Civil Veterinary Dept. Bombay admin report 1923-31 - 1923-1931
Year: 1923
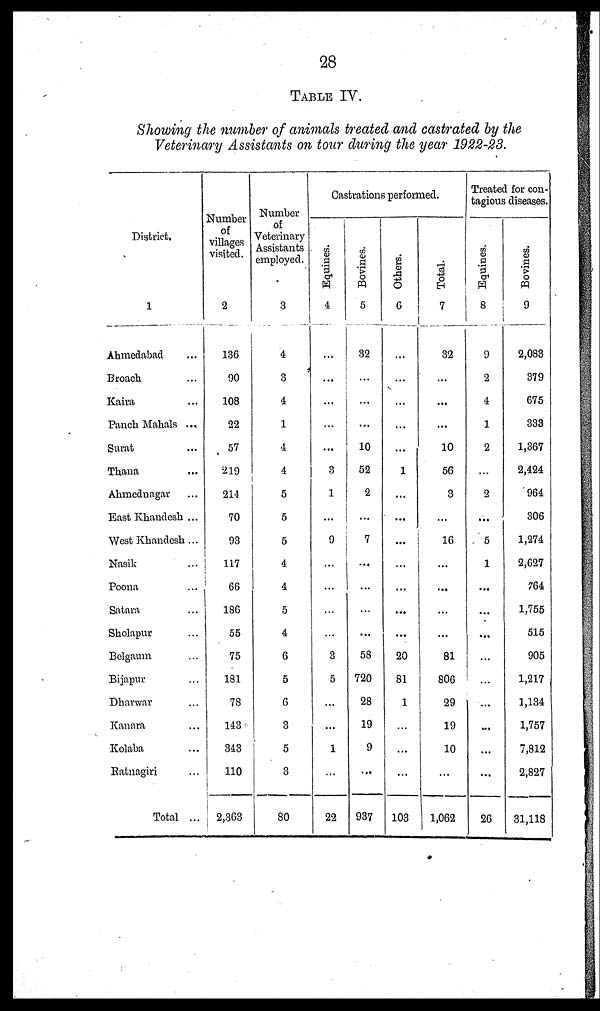
28
TABLE IV.
Showing the member of animals treated and castrated by the
Veterinary Assistants on tour during the year 1922-23.
District.
1
Ahmedabad ...
Broach ...
Kaira ...
Panch Mahals ...
Surat ...
Thana ...
Ahmednagar ...
East Khandesh ...
West Khandesh ...
Nasik ...
Poona ...
Satara ...
Sholapur ...
Belgaum ...
Bijapur ...
Dharwar ...
Kanara ...
Kolaba ...
Ratnagiri ...
Total ...
Number
of
villages
visited.
2
136
90
108
22
57
219
214
70
93
117
66
186
55
75
181
78
143
343
110
2,363
Number
of
Veterinary
Assistants
employed.
3
4
3
4
1
4
4
5
5
5
4
4
5
4
6
5
6
3
5
3
80
Castrations performed.
Equines.
4
...
...
...
...
...
3
1
...
9
...
...
...
...
3
5
...
...
1
...
22
Bovines.
5
32
...
...
...
10
52
2
...
7
...
...
...
...
58
720
28
19
9
...
937
Others.
6
...
...
...
...
...
1
...
...
...
...
...
...
...
20
81
1
...
...
...
103
Total.
7
32
...
...
...
10
56
3
...
16
...
...
...
...
81
806
29
19
10
...
1,062
Treated for con-
tagious diseases.
Equines.
8
9
2
4
1
2
...
2
...
5
1
...
...
...
...
...
...
...
...
...
26
Bovines.
9
2,083
379
675
333
1,367
2,424
964
306
1,274
2,627
764
1,755
515
905
1,217
1,134
1,757
7,812
2,827
31,118